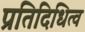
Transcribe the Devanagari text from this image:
प्रतिदिधित्व